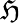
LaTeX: {\cal\mathfrak{H}}